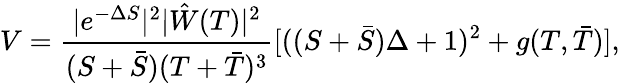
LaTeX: V=\frac{|e^{-\Delta S}|^{2}|\hat{W}(T)|^{2}}{(S+\bar{S})(T+\bar{T})^{3}}[((S+\bar{S})\Delta+1)^{2}+g(T,\bar{T})],